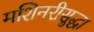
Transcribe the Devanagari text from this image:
मशिनरीसुद्धा